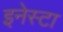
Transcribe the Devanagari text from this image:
इनेस्टा